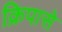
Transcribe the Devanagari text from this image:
क्रिपासे